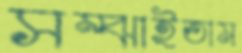
সম্‌ঝাইতাম